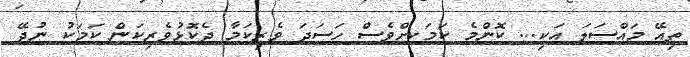
ތިއޭ މައްސަލަ އަކި... ކޮންމެ ކަމަކށްވެސް ހަސަދަ ވެރިކަމާ ދެކޮޅުވެރިކަން ކަމަކު ނުދޭ